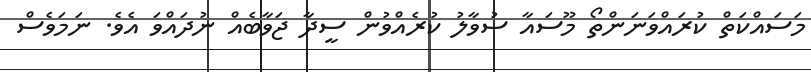
މަސައްކަތް ކުރައްވަނަންތޯ މޫސައާ ސުވާލު ކުރެއްވުން ސީދާ ޖަވާބެއް ނުދައްވަ އެވެ. ނަމަވެސް